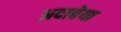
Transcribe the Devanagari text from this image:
अदावेया